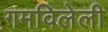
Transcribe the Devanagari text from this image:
गमविलेली